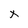
Character: x